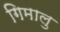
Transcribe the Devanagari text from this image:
गिमालु